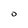
Character: 0